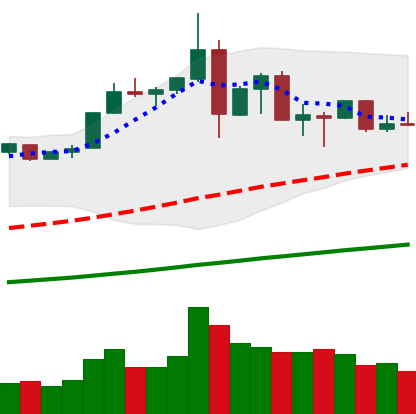
Ticker: ETH-USD
Chart end date: 2019-07-06
Forward return: -6.553%
Label: down_5_7